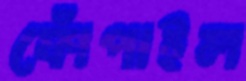
ফোঁপাইল